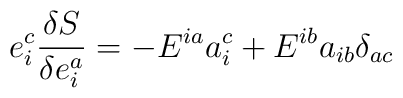
e_i^c\frac{\delta S}{\delta e_i^a}=-E^{ia}a_i^c+E^{ib}a_{ib}\delta_{ac}